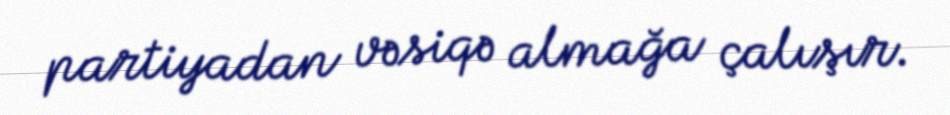
partiyadan vəsiqə almağa çalışır.